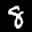
Label: 8